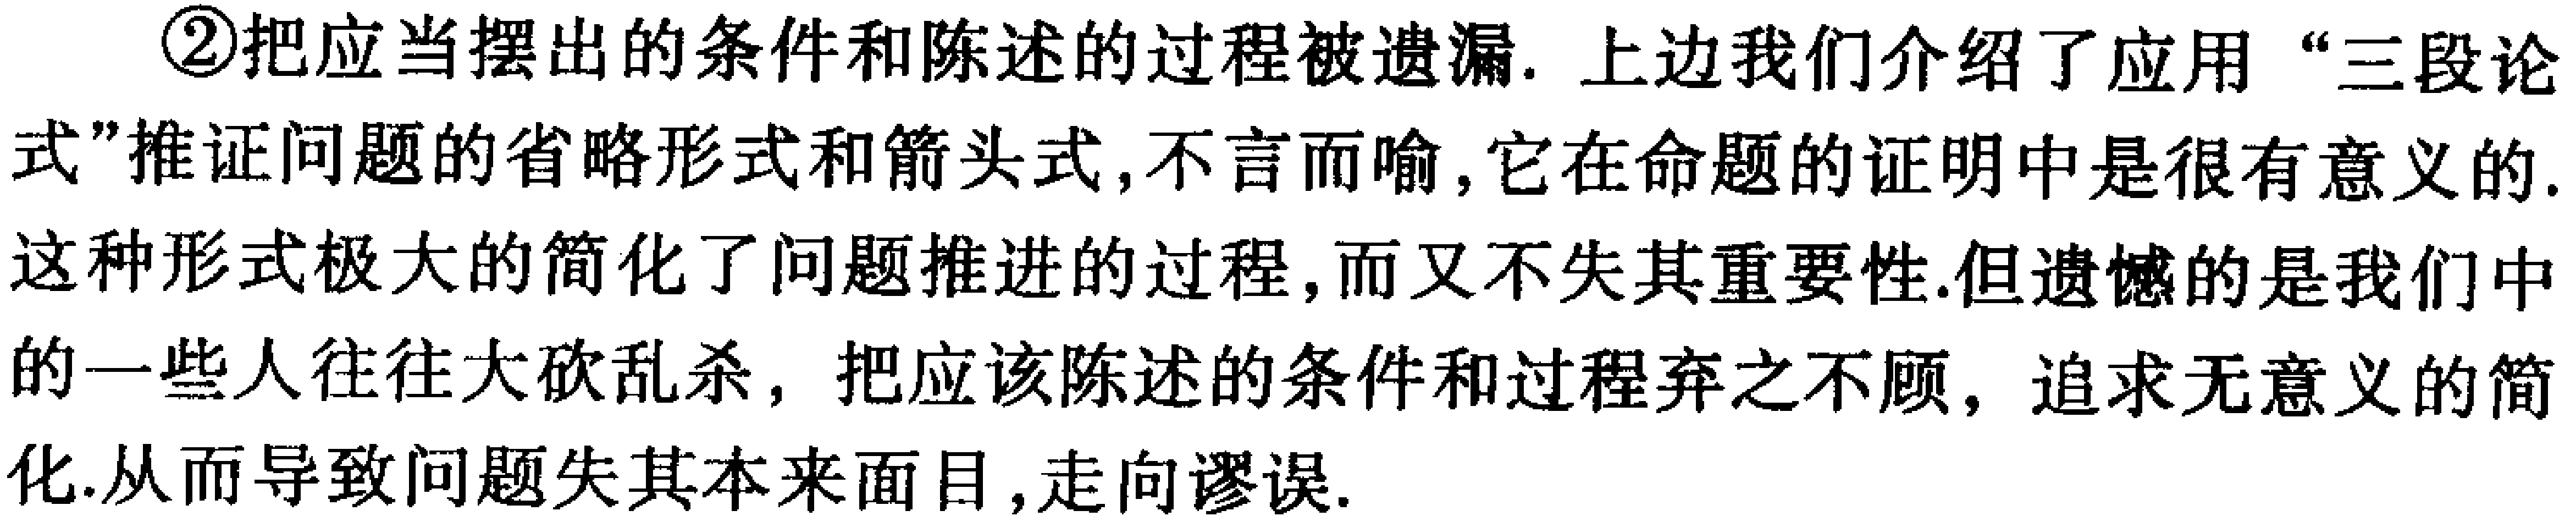
\begin{enumerate}

\item 把应当摆出的条件和陈述的过程被遗漏. 上边我们介绍了应用 “三段论式”推证问题的省略形式和箭头式,不言而喻,它在命题的证明中是很有意义的. 这种形式极大的简化了问题推进的过程,而又不失其重要性.但遗憾的是我们中的一些人往往大砍乱杀, 把应该陈述的条件和过程弃之不顾, 追求无意义的简化.从而导致问题失其本来面目,走向谬误.

\end{enumerate}